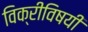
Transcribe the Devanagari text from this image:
विक्रीविषयी